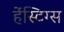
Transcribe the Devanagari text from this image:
हेंस्टिग्स